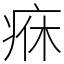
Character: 㾋